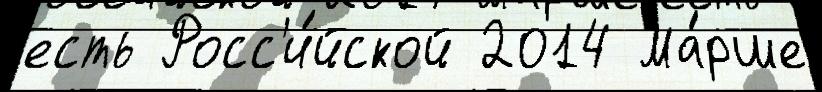
есть Росс'и́йской 2014 Ма́рше